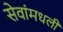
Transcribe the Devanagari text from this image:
सेवांमधली